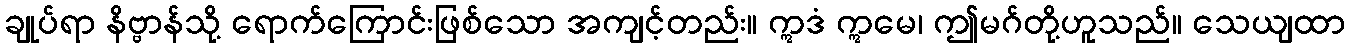
ချုပ်ရာ နိဗ္ဗာန်သို့ ရောက်ကြောင်းဖြစ်သော အကျင့်တည်း။ ဣဒံ ဣမေ၊ ဤမဂ်တို့ဟူသည်။ သေယျထာ